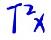
$T^{2}x$